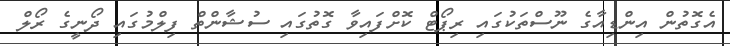
އެގޮތުން އިންޑިއާގެ ނޫސްތަކުގައި ރިޕޯޓް ކޮށްފައިވާ ގޮތުގައި ސުޝާންތް ފިލްމުގައި ދޯނީގެ ރޯލް